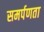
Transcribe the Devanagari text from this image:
समर्पणता